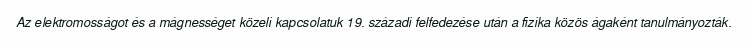
Az elektromosságot és a mágnességet közeli kapcsolatuk 19. századi felfedezése után a fizika közös ágaként tanulmányozták.